Punjab Mental Hospital Lahore 1922-31 - 1922-1931
Year: 1922
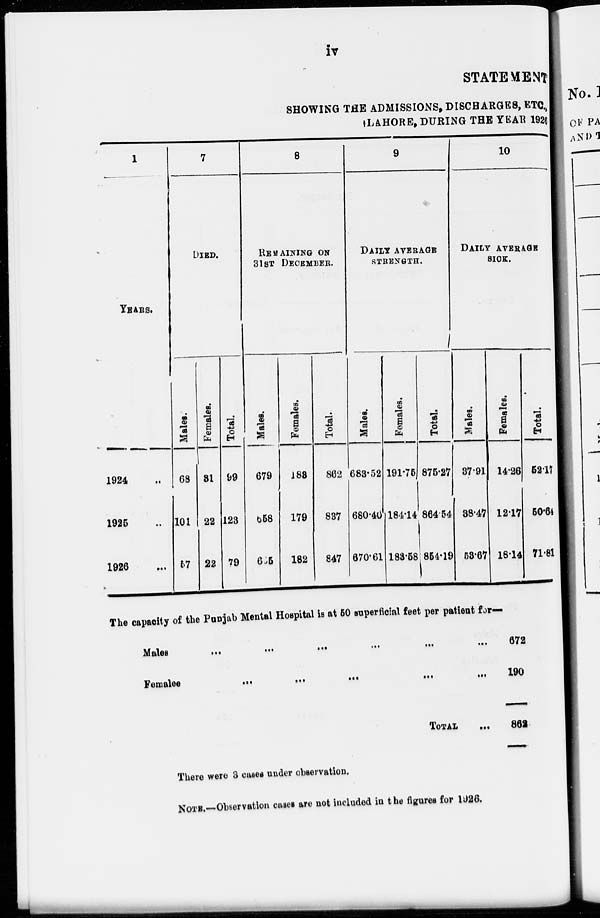
iv
STATEMENT
SHOWING THE ADMISSIONS, DISCHARGES, ETC.,
LAHORE, DURING THE YEAR 1926
1
YEARS.
1924 ...
1925 ...
1926 ...
7
DIED.
Males.
68
101
57
Females.
31
22
22
Total
99
123
79
8
REMAINING ON
31ST DECEMBER.
Males.
679
658
665
Females.
183
179
182
Total.
862
837
847
9
DAILY AVERAGE
STRENGTH.
Males.
683.52
680.40
670.61
Females.
191.75
184.14
183.58
Total.
875.27
864.54
854.19
10
DAILY AVERAGE
SICK.
Males.
37.91
38.47
53.67
Females.
14.26
12.17
18.14
Total.
52.17
50.64
71.81
The capacity of the Punjab Mental Hospital is at 50 superficial feet per patient for—
Males ... ... ... ... ...
Females ... ... ... ... ...
TOTAL ...
672
190
862
There were 3 cases under observation.
NOTE.—Observation cases are not included in the figures for 1926.